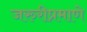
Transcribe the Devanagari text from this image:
जरुरीप्रमाणे